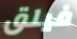
فيلق